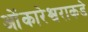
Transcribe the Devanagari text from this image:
ओंकारेश्वराकडे